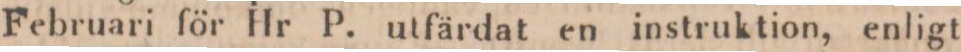
Februari för Hr P. utfärdat en instruktion, enligt